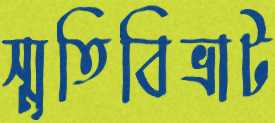
স্মৃতিবিভ্রাট